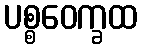
ပစ္စဝေက္ခထ